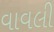
વાવલી